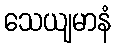
သေယျမာနံ